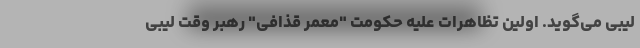
لیبی می‌گوید. اولین تظاهرات علیه حکومت "معمر قذافی" رهبر وقت لیبی